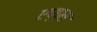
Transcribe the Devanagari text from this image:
एप्प्स